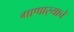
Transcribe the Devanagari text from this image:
गाणार्‍याचे